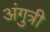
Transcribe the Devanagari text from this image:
अंगुत्री